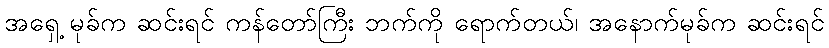
အရှေ့ မုခ်က ဆင်းရင် ကန်တော်ကြီး ဘက်ကို ရောက်တယ်၊ အနောက်မုခ်က ဆင်းရင်